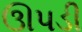
ઊપડી